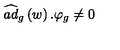
\widehat { a d } _ { g } \left( w \right) . \varphi _ { g } \neq 0